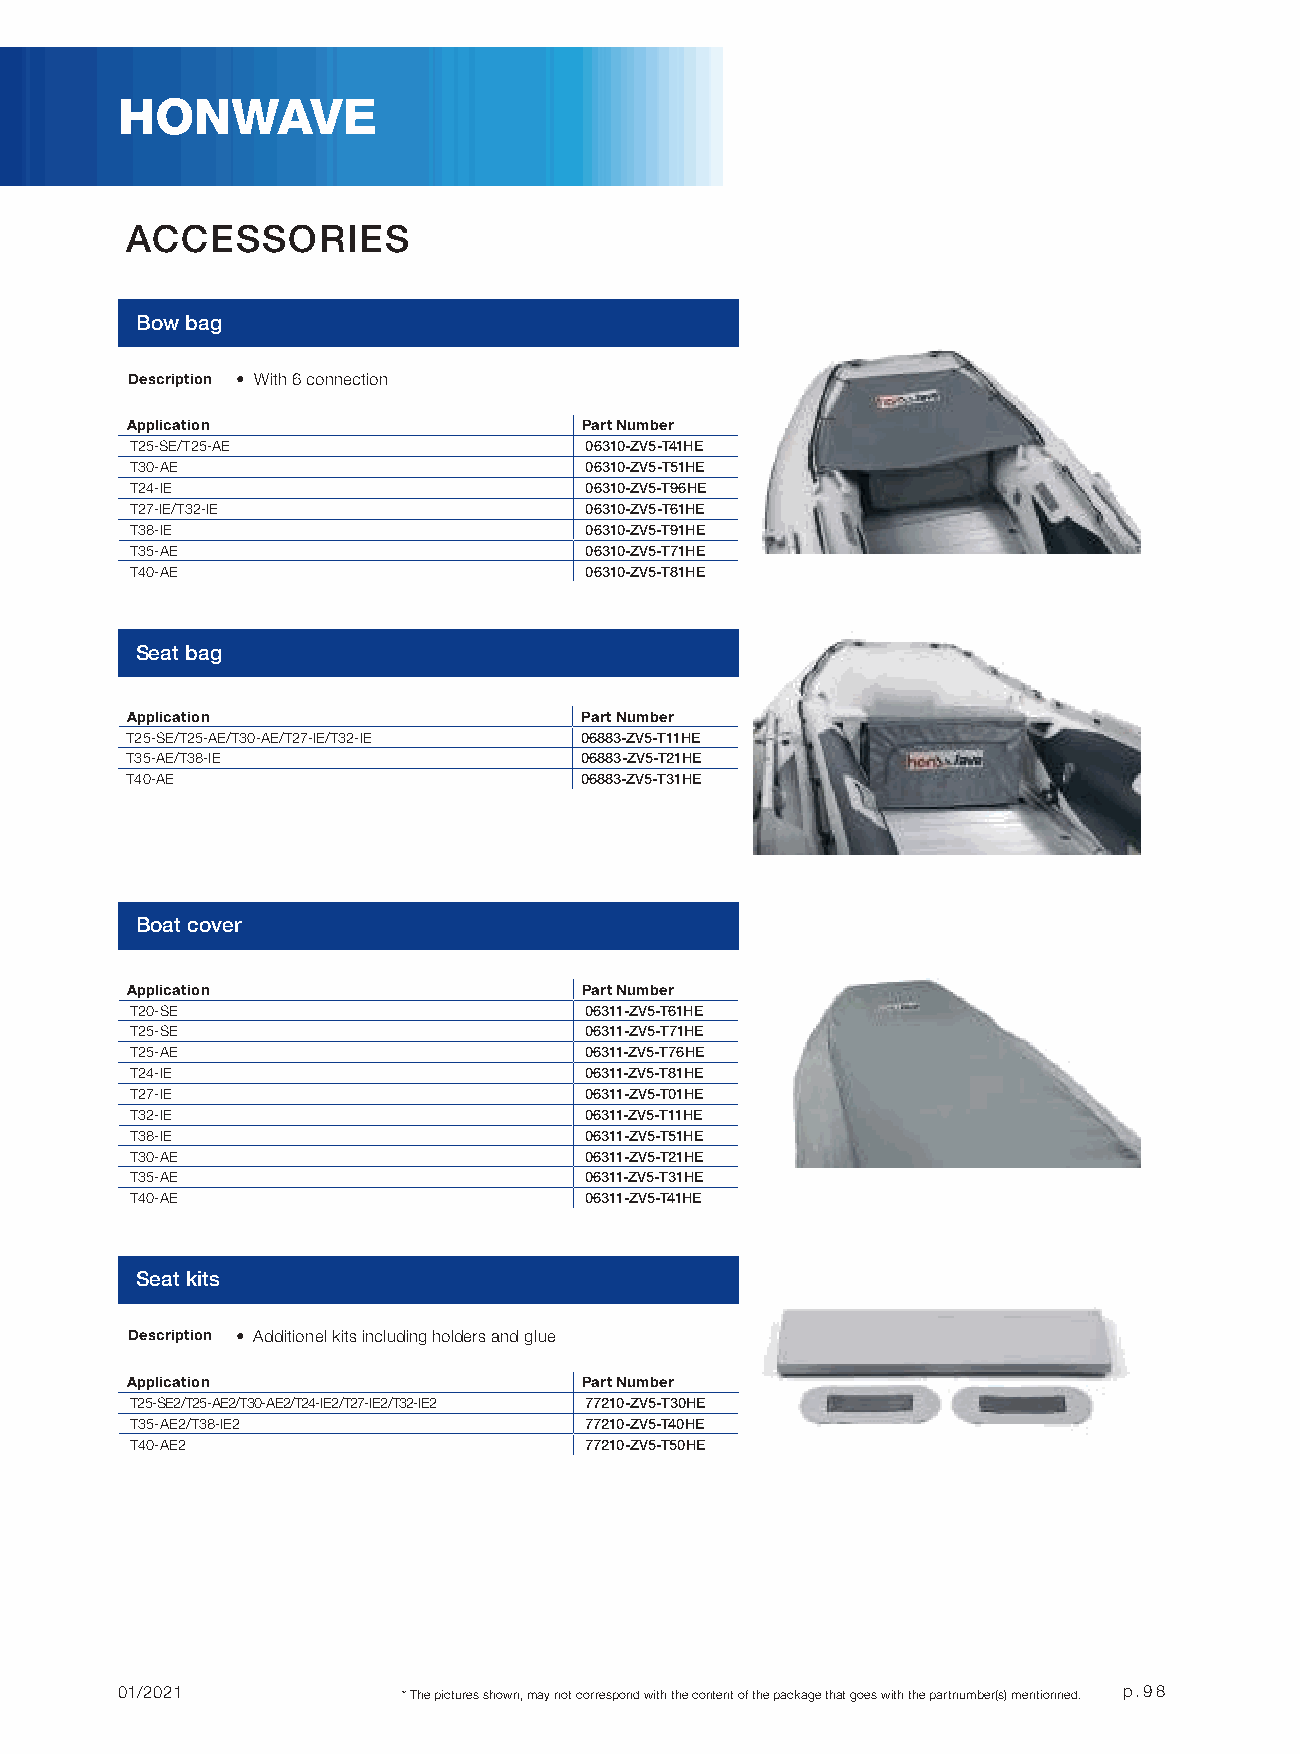
HONWAVE
 ACCESSORIES
 Bow bag
 Description • With 6 connection
 Application                   Part Number
 T25-SE/T25-AE                 06310-ZV5-T41HE
 T30-AE                        06310-ZV5-T51HE
 T24-IE                        06310-ZV5-T96HE
 T27-IE/T32-IE                 06310-ZV5-T61HE
 T38-IE                        06310-ZV5-T91HE
 T35-AE                        06310-ZV5-T71HE
 T40-AE                        06310-ZV5-T81HE
 Seat bag
 Application                   Part Number
 T25-SE/T25-AE/T30-AE/T27-IE/T32-IE 06883-ZV5-T11HE
 T35-AE/T38-IE                 06883-ZV5-T21HE
 T40-AE                        06883-ZV5-T31HE
 Boat cover
 Application                   Part Number
 T20-SE                        06311-ZV5-T61HE
 T25-SE                        06311-ZV5-T71HE
 T25-AE                        06311-ZV5-T76HE
 T24-IE                        06311-ZV5-T81HE
 T27-IE                        06311-ZV5-T01HE
 T32-IE                        06311-ZV5-T11HE
 T38-IE                        06311-ZV5-T51HE
 T30-AE                        06311-ZV5-T21HE
 T35-AE                        06311-ZV5-T31HE
 T40-AE                        06311-ZV5-T41HE
 Seat kits
 Description • Additionel kits including holders and glue
 Application                   Part Number
 T25-SE2/T25-AE2/T30-AE2/T24-IE2/T27-IE2/T32-IE2 77210-ZV5-T30HE
 T35-AE2/T38-IE2               77210-ZV5-T40HE
 T40-AE2                       77210-ZV5-T50HE
 01/2021            * The pictures shown, may not correspond with the content of the package that goes with the partnumber(s) mentionned. p.98